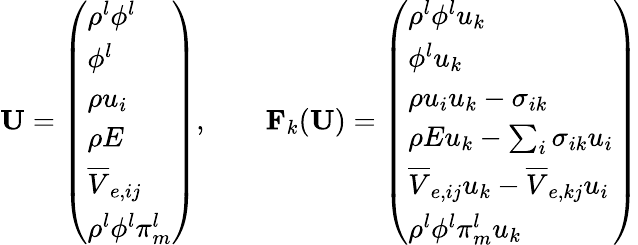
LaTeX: \mathbf{U}=\left(\begin{array}{l}{\rho^{l}\phi^{l}}\\ {\phi^{l}}\\ {\rho u_{i}}\\ {\rho E}\\ {\overline{{V}}_{e,ij}}\\ {\rho^{l}\phi^{l}\pi_{m}^{l}}\end{array}\right),\qquad\mathbf{F}_{k}(\mathbf{U})=\left(\begin{array}{l}{\rho^{l}\phi^{l}u_{k}}\\ {\phi^{l}u_{k}}\\ {\rho u_{i}u_{k}-\sigma_{ik}}\\ {\rho Eu_{k}-\sum_{i}\sigma_{ik}u_{i}}\\ {\overline{{V}}_{e,ij}u_{k}-\overline{{V}}_{e,kj}u_{i}}\\ {\rho^{l}\phi^{l}\pi_{m}^{l}u_{k}}\end{array}\right)